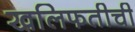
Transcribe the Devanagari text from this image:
खलिफतीची